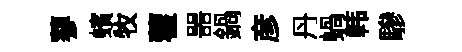
蓼蠙牧藿噐鍋彦丹蝸韩驂